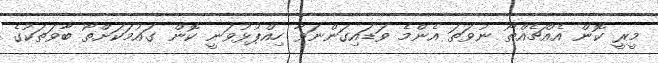
މީރީ ކޮން އެއްޗެއްތޯ ނުވަތަ އެންމެ ވަޑައިގަންނަވާ ހިއްޕުޅުވަނީ ކޮން ގައުމަކަށްތޯ ބާވަތަކުގެ